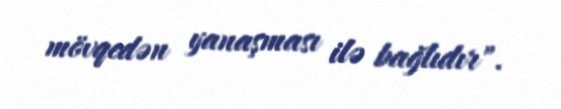
mövqedən yanaşması ilə bağlıdır".